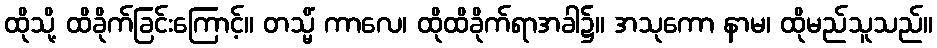
ထိုသို့ ထိခိုက်ခြင်းကြောင့်။ တသ္မိံ ကာလေ၊ ထိုထိခိုက်ရာအခါ၌။ အသုကော နာမ၊ ထိုမည်သူသည်။